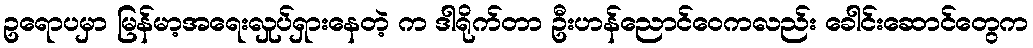
ဥရောပမှာ မြန်မာ့အရေးလှုပ်ရှားနေတဲ့ က ဒါရိုက်တာ ဦးဟန်ညောင်ဝေကလည်း ခေါင်းဆောင်တွေက